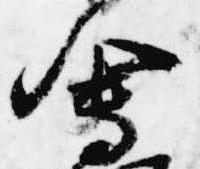
会